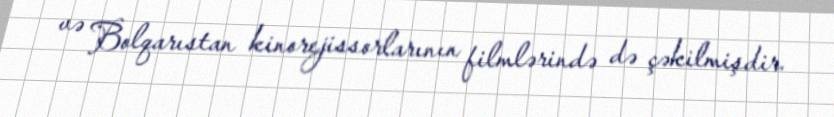
və Bolqarıstan kinorejissorlarının filmlərində də çəkilmişdir.